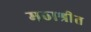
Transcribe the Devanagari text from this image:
मठाश्रीत